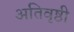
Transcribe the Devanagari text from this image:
अतिवृष्ठी